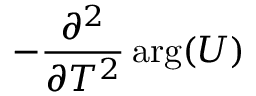
- \frac { \partial ^ { 2 } } { \partial T ^ { 2 } } \arg ( U )